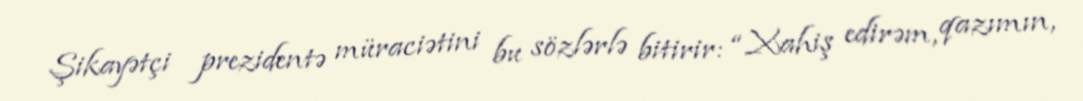
Şikayətçi prezidentə müraciətini bu sözlərlə bitirir: “Xahiş edirəm, qazımın,